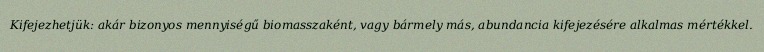
Kifejezhetjük: akár bizonyos mennyiségű biomasszaként, vagy bármely más, abundancia kifejezésére alkalmas mértékkel.